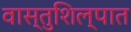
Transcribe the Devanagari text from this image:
वास्तुशिल्पात